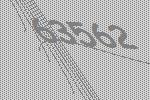
63562